Cholera in southern India
Disease focus: Cholera
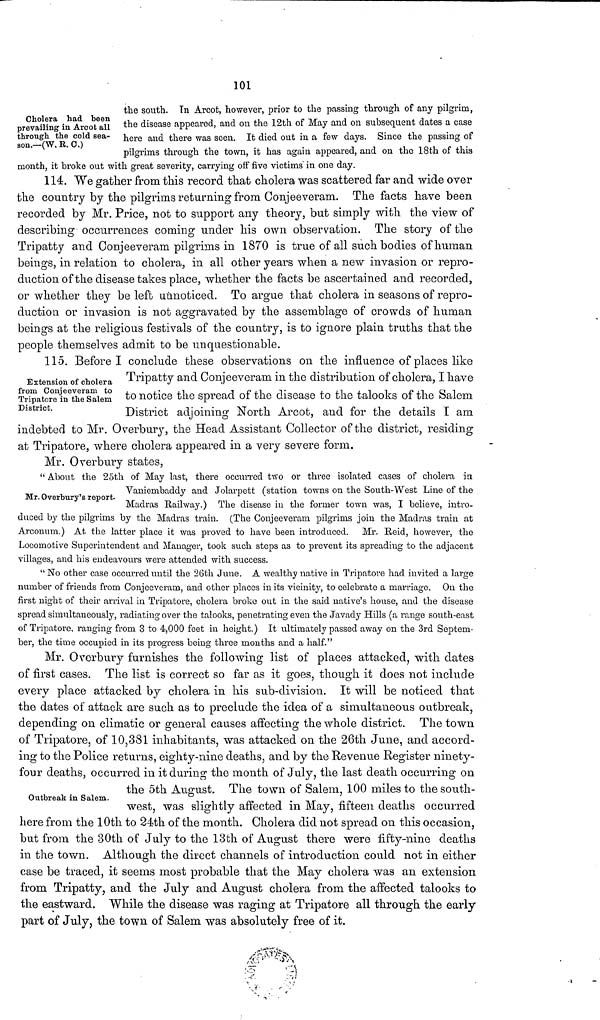
101
Cholera had been
prevailing in Arcot all
through the cold sea-
son.—(W. R. C.)
the south. In Arcot, however, prior to the passing through of any pilgrim,
the disease appeared, and on the 12th of May and on subsequent dates a case
here and there was seen. It died out in a few days. Since the passing of
pilgrims through the town, it has again appeared, and on the 18th of this
month, it broke out with great severity, carrying off five victims' in one day.
114. We gather from this record that cholera was scattered far and wide over
the country by the pilgrims returning from Conjeeveram. The facts have been
recorded by Mr. Price, not to support any theory, but simply with the view of
describing occurrences coming under his own observation. The story of the
Tripatty and Conjeeveram pilgrims in 1870 is true of all such bodies of human
beings, in relation to cholera, in all other years when a new invasion or repro-
duction of the disease takes place, whether the facts be ascertained and recorded,
or whether they be left unnoticed. To argue that cholera in seasons of repro-
duction or invasion is not aggravated by the assemblage of crowds of human
beings at the religious festivals of the country, is to ignore plain truths that the
people themselves admit to be unquestionable.
Extension of cholera
from Conjeeveram to
Tripatore in the Salem
District.
115. Before I conclude these observations on the influence of places like
Tripatty and Conjeeveram in the distribution of cholera, I have
to notice the spread of the disease to the talooks of the Salem
District adjoining North Arcot, and for the details I am
indebted to Mr. Overbury, the Head Assistant Collector of the district, residing
at Tripatore, where cholera appeared in a very severe form.
Mr. Overbury states,
Mr. Overbury's report.
" About the 25th of May last, there occurred two or three isolated cases of cholera in
Vanieinbaddy and Jolarpett (station towns on the South-West Line of the
Madras Railway.) The disease in the former town was, I believe, intro-
duced by the pilgrims by the Madras train. (The Conjeeveram pilgrims join the Madras train at
Arconum.) At the latter place it was proved to have been introduced. Mr. Reid, however, the
Locomotive Superintendent and Manager, took such steps as to prevent its spreading to the adjacent
villages, and his endeavours were attended with success.
" No other case occurred until the 26th June. A wealthy native in Tripatore had invited a large
number of friends from Conjeeveram, and other places in its vicinity, to celebrate a marriage. On the
first night of their arrival in Tripatore, cholera broke out in the said native's house, and the disease
spread simultaneously, radiating over the talooks, penetrating even the Javady Hills (a range south-east
of Tripatore, ranging from 3 to 4,000 feet in height.) It ultimately passed away on the 3rd Septem-
ber, the time occupied in its progress being three months and a half."
Mr. Overbury furnishes the following list of places attacked, with dates
of first cases. The list is correct so far as it goes, though it does not include
every place attacked by cholera in his sub-division. It will be noticed that
the dates of attack are such as to preclude the idea of a simultaneous outbreak,
depending on climatic or general causes affecting the whole district. The town
of Tripatore, of 10,381 inhabitants, was attacked on the 26th June, and accord-
ing to the Police returns, eighty-nine deaths, and by the Revenue Register ninety-
four deaths, occurred in it during the month of July, the last death occurring on
Outbreak in Salem.
the 5th August. The town of Salem, 100 miles to the south-
west, was slightly affected in May, fifteen deaths occurred
here from the 10th to 24th of the month. Cholera did not spread on this occasion,
but from the 30th of July to the 13th of August there were fifty-nine deaths
in the town. Although the direct channels of introduction could not in either
case be traced, it seems most probable that the May cholera was an extension
from Tripatty, and the July and August cholera from the affected talooks to
the eastward. While the disease was raging at Tripatore all through the early
part of July, the town of Salem was absolutely free of it.